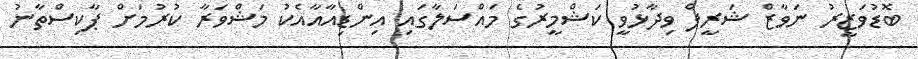
ބޮޑުވަޒީރު ނަވާޒް ޝަރީފް ވިދާޅުވީ ކަޝްމީރުގެ މައްސަލާގައި އިންޑިއާއާއެކު މަޝްވަރާ ކުރުމަށް ޕާކިސްތާނު